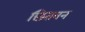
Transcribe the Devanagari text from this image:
छितवन